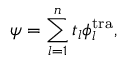
\psi = \sum _ { l = 1 } ^ { n } t _ { l } \phi _ { l } ^ { \mathrm { t r a } } ,